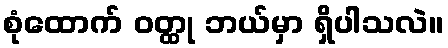
စုံထောက် ဝတ္ထု ဘယ်မှာ ရှိပါသလဲ။